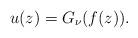
LaTeX: \begin{align*}u(z)=G_{\nu}(f(z)).\end{align*}